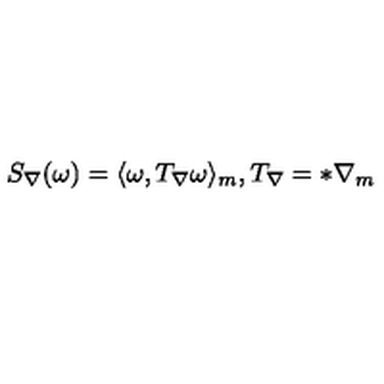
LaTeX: S _ { \nabla } ( \omega ) = \langle \omega , T _ { \nabla } \omega \rangle _ { m } , T _ { \nabla } = * \nabla _ { m }